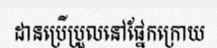
ដានប្រើប្រួលនៅផ្នែកក្រោយ